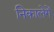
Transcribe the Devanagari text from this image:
निकालेगें